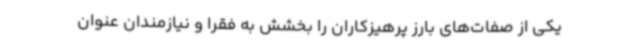
یکی از صفات‌های بارز پرهیزکاران را بخشش به فقرا و نیازمندان عنوان